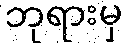
ဘုရားမှ